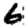
Digit: 6